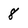
Character: 8